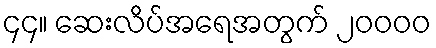
၄၄။ ဆေးလိပ်အရေအတွက် ၂၀၀၀၀